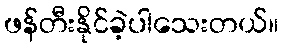
ဖန်တီးနိုင်ခဲ့ပါသေးတယ်။